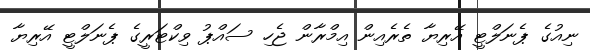
ނިއުގެ ޕެނަލްޓީ އޭރިޔާ ތެރެއިން އިމްރާން ޖެހި ސައްޕު ވިކްޓަރީގެ ޕެނަލްޓީ އޭރިޔާ